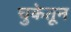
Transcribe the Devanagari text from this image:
चुकेतून